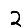
Digit: 2